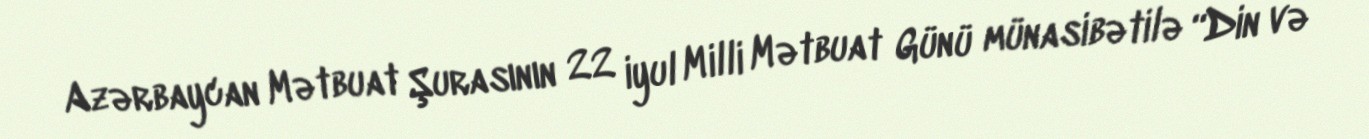
Azərbaycan Mətbuat Şurasının 22 iyul Milli Mətbuat Günü münasibətilə “Din və